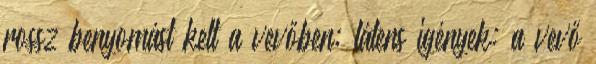
rossz benyomást kelt a vevőben; látens igények: a vevő